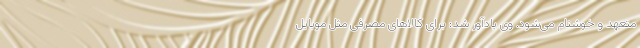
متعهد و خوشنام می‌شود. وی یادآور شد: برای کالاهای مصرفی مثل موبایل